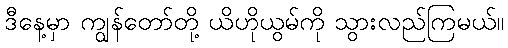
ဒီနေ့မှာ ကျွန်တော်တို့ ယိဟိုယွမ်ကို သွားလည်ကြမယ်။